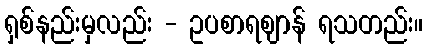
ရှစ်နည်းမှလည်း - ဥပစာရဈာန် ရသတည်း။